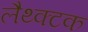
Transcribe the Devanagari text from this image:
लैथ्क्टक